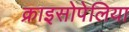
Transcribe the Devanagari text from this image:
क्राइसोपेलिया